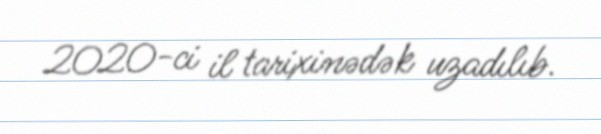
2020-ci il tarixinədək uzadılıb.